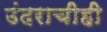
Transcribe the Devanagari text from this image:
उंदराचीही